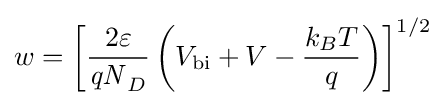
w={\left\lbrack {\frac {2\varepsilon }{{\mathit {qN}}_{D}}}\left({V}_{\text{bi}}+V-{\frac {{k}_{B}T}{q}}\right)\right\rbrack }^{1/2}